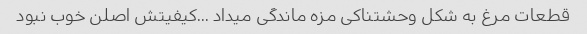
قطعات مرغ به شکل وحشتناکی مزه ماندگی میداد …کیفیتش اصلن خوب نبود